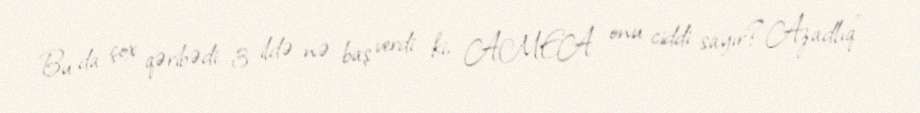
Bu da çox qəribədi: 3 ildə nə baş verdi ki, AMEA onu ciddi sayır?“Azadlıq”